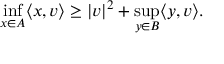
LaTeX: \operatorname* { i n f } _ { x \in A } \langle x , v \rangle \geq | v | ^ { 2 } + \operatorname* { s u p } _ { y \in B } \langle y , v \rangle .